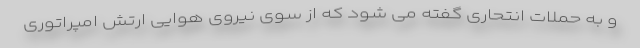
و به حملات انتحاری گفته می شود که از سوی نیروی هوایی ارتش امپراتوری